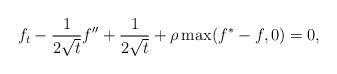
LaTeX: \begin{align*} f_t-\frac{1}{2\sqrt{t}}f'' + \frac{1}{2\sqrt{t}} + \rho\max(f^*-f,0) = 0,\end{align*}